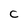
Character: c